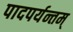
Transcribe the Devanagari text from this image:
पादपर्यन्तम्‌